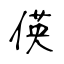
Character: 偀